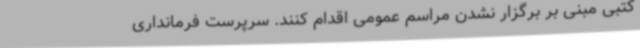
کتبی مبنی بر برگزار نشدن مراسم عمومی اقدام کنند. سرپرست فرمانداری